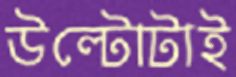
উল্টোটাই